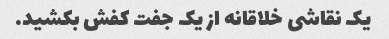
یک نقاشی خلاقانه از یک جفت کفش بکشید.